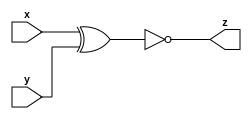
module mt2015_q4b(
  input x,
  input y,
  output z
);

  assign z = ~(x^y);

endmodule